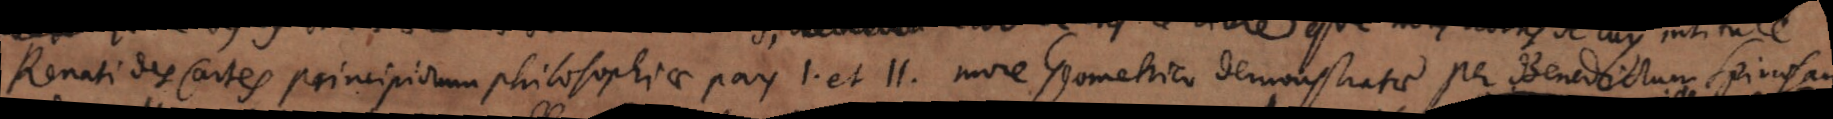
Renati des Cartes principiorum philosophiae pars I. et II. more Geometria demonstratae per Benedictum Spinosam